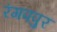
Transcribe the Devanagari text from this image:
रंगपपुर